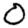
Digit: 0